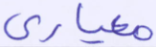
معياري